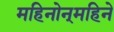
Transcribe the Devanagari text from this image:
महिनोन्‌महिने